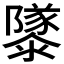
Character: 𱁂